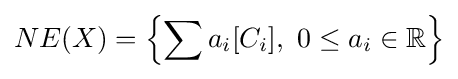
NE(X)=\left\{\sum a_{i}[C_{i}],\ 0\leq a_{i}\in \mathbb {R} \right\}